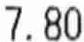
7.80